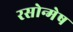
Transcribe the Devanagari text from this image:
रसोन्मेष